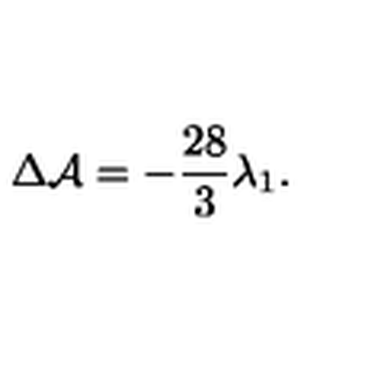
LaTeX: \Delta { \cal A } = - \frac { 2 8 } { 3 } \lambda _ { 1 } .